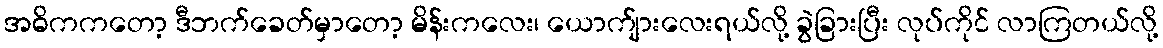
အဓိကကတော့ ဒီဘက်ခေတ်မှာတော့ မိန်းကလေး၊ ယောက်ျားလေးရယ်လို့ ခွဲခြားပြီး လုပ်ကိုင် လာကြတယ်လို့